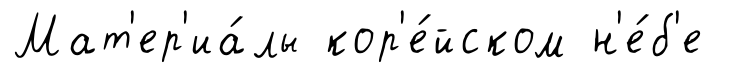
Мат'ер'иа́лы кор'е́йском н'е́б'е